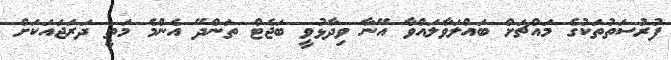
ފުރުސަތުތަކުގެ މައްޗަށް ބައްލަވާލައްވާ އޭނާ ވިދާޅުވީ ބަޖެޓް ތަންދޭ އެންމެ މަތީ ދަރަޖައަކަށް